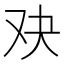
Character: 𮰓